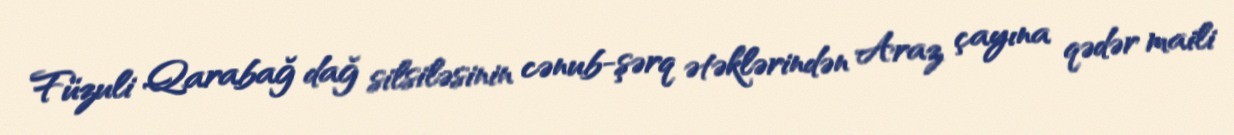
Füzuli Qarabağ dağ silsiləsinin cənub-şərq ətəklərindən Araz çayına qədər maili